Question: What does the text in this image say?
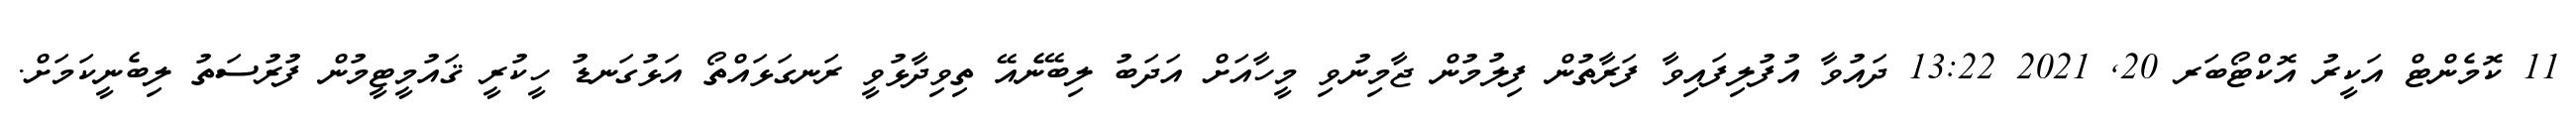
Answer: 11 ކޮމެންޓް އަކީރު އޮކްޓޯބަރ 20, 2021 13:22 ދައުވާ އުފުލިފައިވާ ފަރާތުން ފިލުމުން ޖާމިނުވި މީހާއަށް އަދަބު ލިބޭނެއޭ ތިވިދާޅުވީ ރަނގަޅައްތޯ އަޅުގަނޑު ހީކުރީ ޤައުމީޓީމުން ފުރުސަތު ލިބެނީކަމަށް.